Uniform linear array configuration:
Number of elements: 12
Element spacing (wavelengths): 1
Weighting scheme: hann
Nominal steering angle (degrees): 60
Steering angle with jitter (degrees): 60.587
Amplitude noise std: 0.05
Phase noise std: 0.05

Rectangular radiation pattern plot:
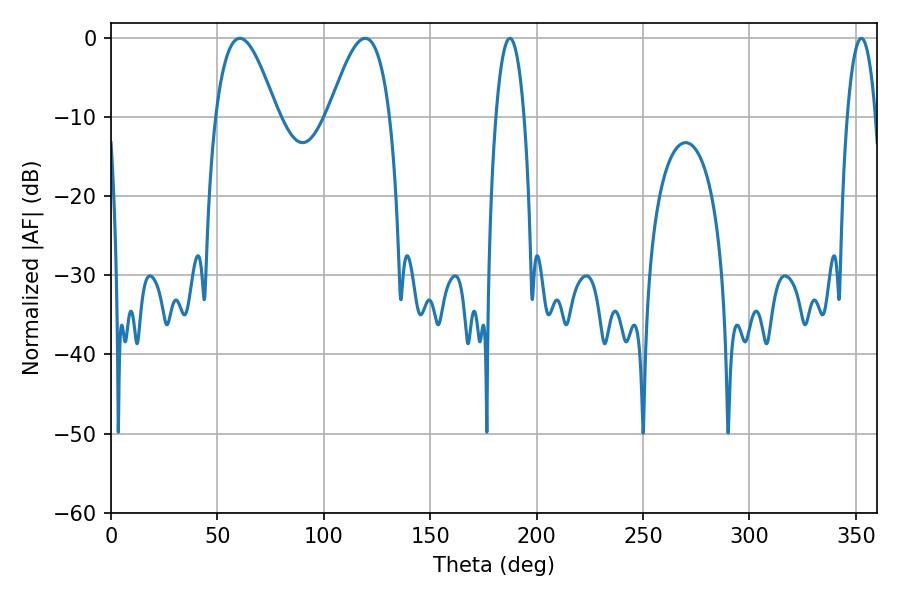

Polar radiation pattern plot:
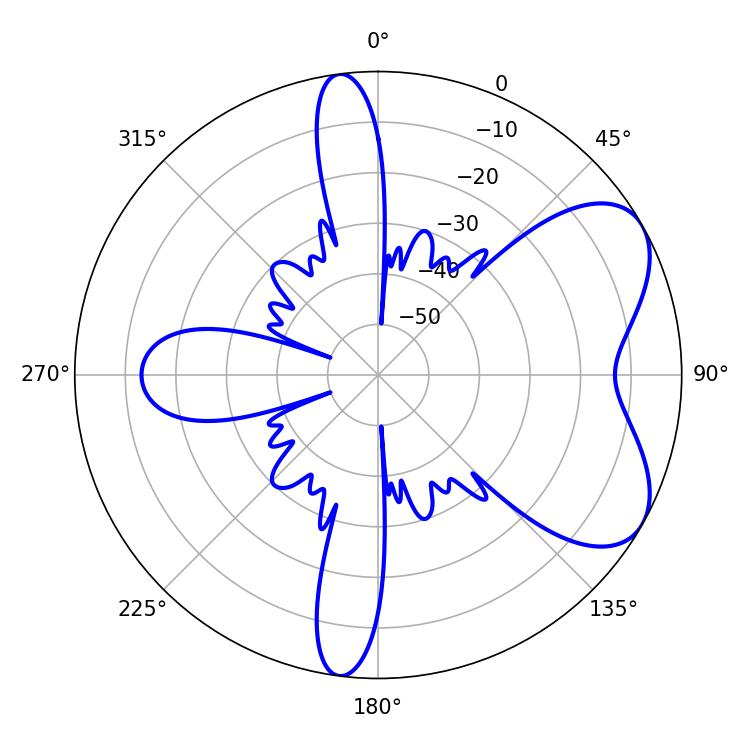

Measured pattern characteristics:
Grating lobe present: TRUE
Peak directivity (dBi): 6.116
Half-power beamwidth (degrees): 15.66
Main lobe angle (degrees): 60.48